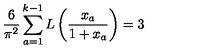
\frac { 6 } { \pi ^ { 2 } } \sum _ { a = 1 } ^ { k - 1 } L \left( \frac { x _ { a } } { 1 + x _ { a } } \right) = 3 \,